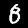
Digit: 8